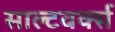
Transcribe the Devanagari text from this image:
साल्टवर्क्स